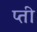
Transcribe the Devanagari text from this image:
प्ती